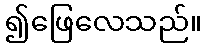
၍ဖြေလေသည်။